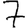
Digit: 7